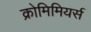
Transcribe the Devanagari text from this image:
क्रोमिमियर्स